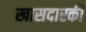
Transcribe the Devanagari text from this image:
खासदारकी